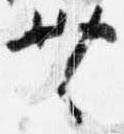
無